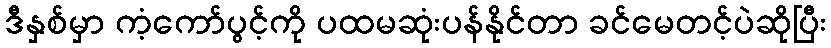
ဒီနှစ်မှာ ကံ့ကော်ပွင့်ကို ပထမဆုံးပန်နိုင်တာ ခင်မေတင့်ပဲဆိုပြီး